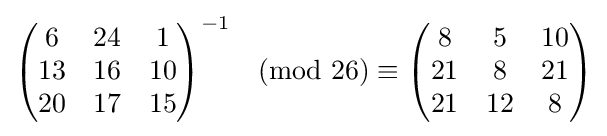
{\begin{pmatrix}6&24&1\\13&16&10\\20&17&15\end{pmatrix}}^{-1}{\pmod {26}}\equiv {\begin{pmatrix}8&5&10\\21&8&21\\21&12&8\end{pmatrix}}